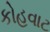
કોહવાટ